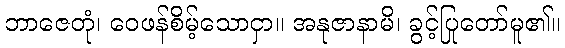
ဘာဇေတုံ၊ ဝေဖန်စိမ့်သောငှာ။ အနုဇာနာမိ၊ ခွင့်ပြုတော်မူ၏။